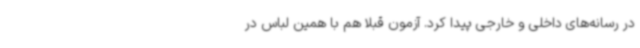
در رسانه‌های داخلی و خارجی پیدا کرد. آزمون قبلا هم با همین لباس در